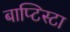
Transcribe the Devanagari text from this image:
बाप्टिस्टा